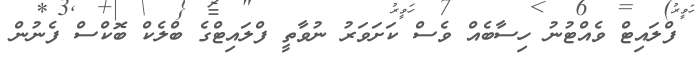
ފްލައިޓް ވެއްޓުނު ހިސާބެއް ވެސް ކަށަވަރު ނުވާތީ ފްލައިޓްގެ ބްލެކް ބޮކްސް ފެނުން